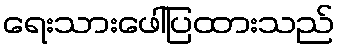
ရေးသားဖေါ်ပြထားသည်